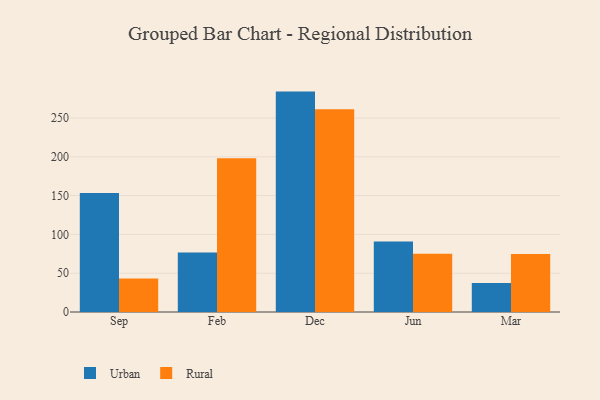
{"axis": {"x": "Month", "y": "Conversion Rate (%)"}, "legend": ["Rural", "Urban"], "data": [{"x": "Sep", "y": 153.2, "type": "Urban"}, {"x": "Sep", "y": 43.1, "type": "Rural"}, {"x": "Feb", "y": 76.6, "type": "Urban"}, {"x": "Feb", "y": 198.0, "type": "Rural"}, {"x": "Dec", "y": 284.0, "type": "Urban"}, {"x": "Dec", "y": 261.2, "type": "Rural"}, {"x": "Jun", "y": 90.7, "type": "Urban"}, {"x": "Jun", "y": 75.2, "type": "Rural"}, {"x": "Mar", "y": 37.4, "type": "Urban"}, {"x": "Mar", "y": 74.8, "type": "Rural"}]}